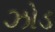
ઝોડ